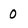
Character: 0